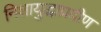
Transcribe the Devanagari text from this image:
निशायुद्धाप्रवीण